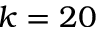
k = 2 0